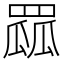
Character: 𦋯